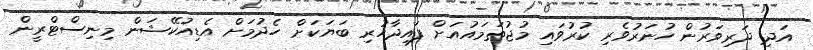
އަދި ދަރިވަރުން ހުނަރުވެރި ކުރުވައި މުޖުތަމައުއަށް ފައިދާހުރި ބަޔަކަށް ހެދުމަށް އެޑިއުކޭޝަން މިނިސްޓްރީން